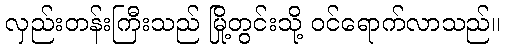
လှည်းတန်းကြီးသည် မြို့တွင်းသို့ ဝင်ရောက်လာသည်။